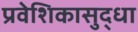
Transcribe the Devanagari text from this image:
प्रवेशिकासुद्धा